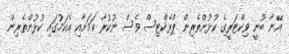
އޭނާ ބުނީ ވިކްޓަރީގެ ކުޅުންތެރިން ޕްރެކްޓިސް ވެސް ނުކުރާ ކަމަށާއި އެކަމުގައި ކުޅުންތެރިން